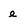
Character: e